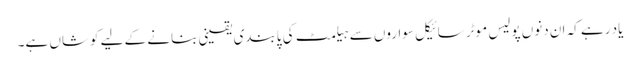
یاد رہے کہ ان دنوں پولیس موٹر سائیکل سواروں سے ہیلمٹ کی پابندی یقینی بنانے کے لیے کوشاں ہے۔